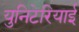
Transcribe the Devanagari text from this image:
युनिटेरियाई